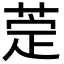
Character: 萣